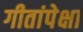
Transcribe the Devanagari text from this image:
गीतांपेक्षा